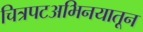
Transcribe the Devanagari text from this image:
चित्रपटअभिनयातून